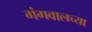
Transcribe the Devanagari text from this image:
गंगवालच्या